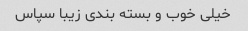
خیلی خوب و بسته بندی زیبا سپاس